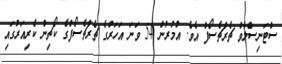
ސްޓަނިސްލާވް ޗެރްޗެސޯފް އެވެ. އުމުރުން 54 ވަނަ އަހަރުގެ ޗެރްޗެސޯފްގެ ކޯޗިން ކެރިއަރުގައި